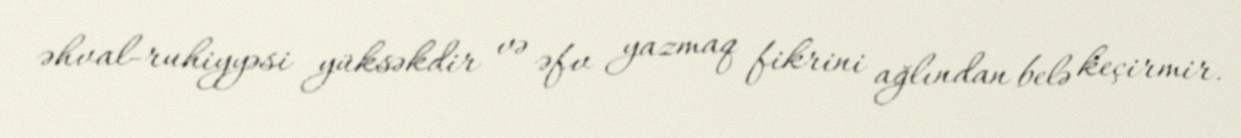
əhval-ruhiyyəsi yüksəkdir və əfv yazmaq fikrini ağlından belə keçirmir.